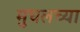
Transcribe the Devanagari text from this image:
मुघलच्या